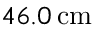
4 6 . 0 \, \mathrm { c m }